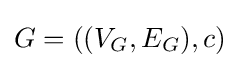
G=((V_{G},E_{G}),c)